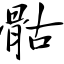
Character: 骷